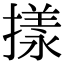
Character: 㨾